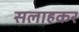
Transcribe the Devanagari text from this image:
सलाहकर